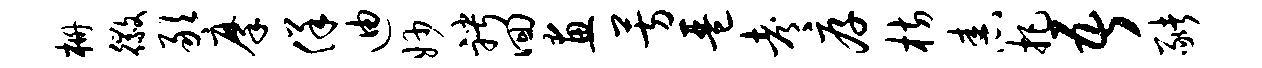
栅徽敢摩佯迪妙聘回画芳琶考厚枋舂把吾猪